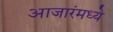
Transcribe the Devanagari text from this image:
आजारंमध्ये